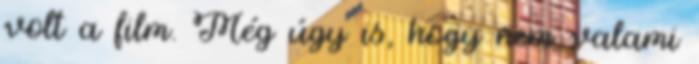
volt a film. Még úgy is, hogy nem valami